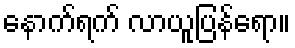
နောက်ရက် လာယူပြန်ရော။